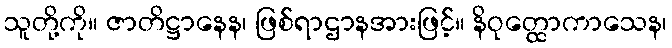
သူတို့ကို။ ဇာတိဋ္ဌာနေန၊ ဖြစ်ရာဌာနအားဖြင့်။ နိဝုတ္ထောကာသေန၊